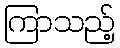
ကြာသည့်